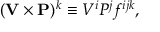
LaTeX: ( { \bf V } \times { \bf P } ) ^ { k } \equiv V ^ { i } P ^ { j } f ^ { i j k } ,